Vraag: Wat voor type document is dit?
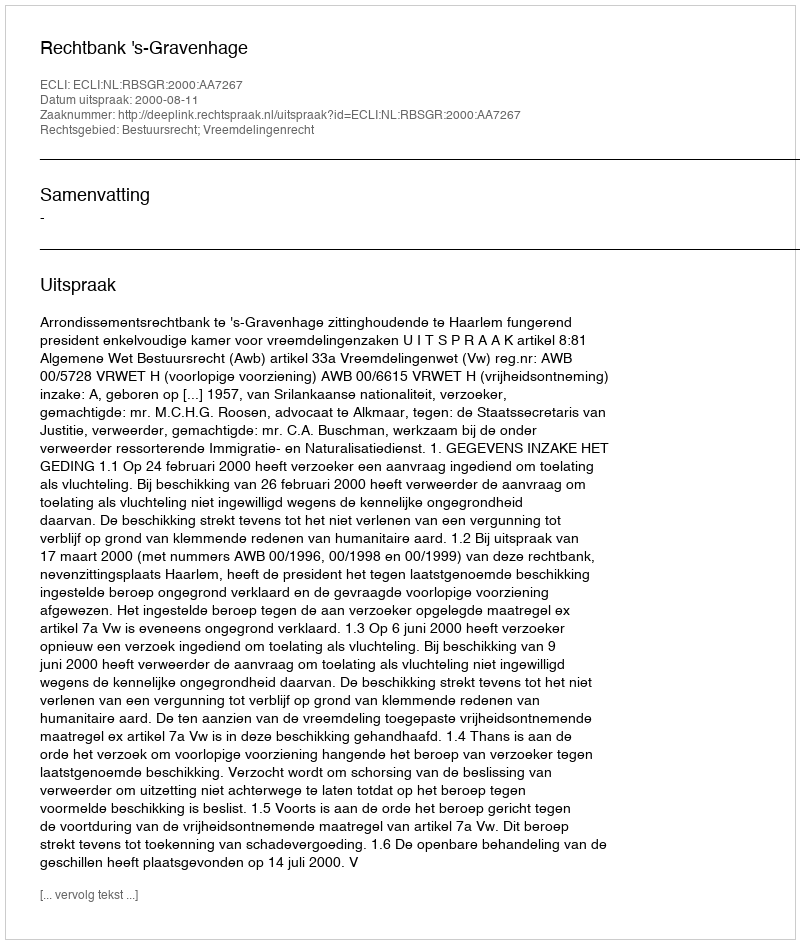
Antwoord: Uitspraak